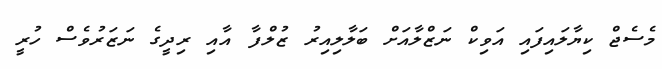
މެސެޖް ކިޔާލައިފައި އަވިކް ނަޒްލާއަށް ބަލާލިއިރު ޒުލްފާ އާއި ރިދީގެ ނަޒަރުވެސް ހުރީ